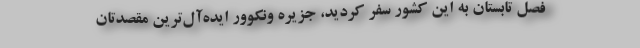
فصل تابستان به این کشور سفر کردید، جزیره ونکوور ایده‌آل‌ترین مقصدتان